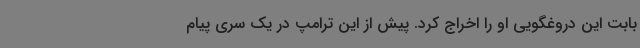
بابت این دروغگویی او را اخراج کرد. پیش از این ترامپ در یک سری پیام